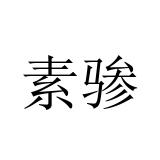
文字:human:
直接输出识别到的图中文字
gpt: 素骖